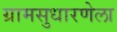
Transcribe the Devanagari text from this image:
ग्रामसुधारणेला